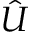
\hat { U }